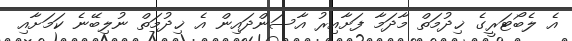
އެ ލެބޯޓަރީގެ ޚިދުމަތް މާދަމާ ފަށާއިރު އާސަންދައިން އެ ޚިދުމަތް ނުލިބޭނެ ކަމަށާއި